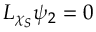
L _ { \chi _ { S } } \psi _ { 2 } = 0